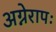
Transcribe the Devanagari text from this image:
अग्नेरापः